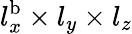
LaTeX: l_{x}^{\mathrm{b}}\times l_{y}\times l_{z}